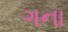
ગના